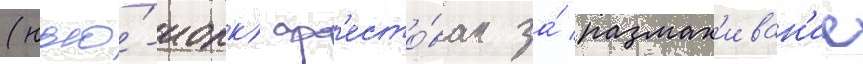
(нью́-иорк) ар'есто́ван за́ размах'иван'ие